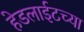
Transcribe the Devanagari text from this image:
हेडलाईटच्या